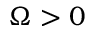
\Omega > 0